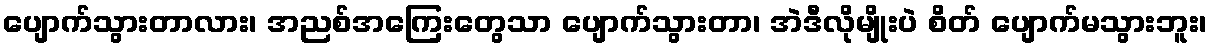
ပျောက်သွားတာလား၊ အညစ်အကြေးတွေသာ ပျောက်သွားတာ၊ အဲဒီလိုမျိုးပဲ စိတ် ပျောက်မသွားဘူး၊